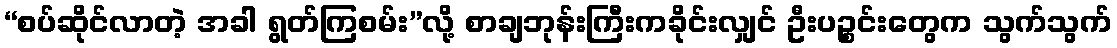
“စပ်ဆိုင်လာတဲ့ အခါ ရွတ်ကြစမ်း”လို့ စာချဘုန်းကြီးကခိုင်းလျှင် ဦးပဉ္စင်းတွေက သွက်သွက်